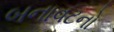
બનાવટનો